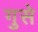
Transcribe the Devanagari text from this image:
गुसे